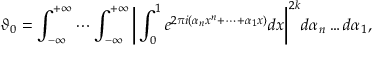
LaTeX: \vartheta _ { 0 } = \int _ { - \infty } ^ { + \infty } \cdots \int _ { - \infty } ^ { + \infty } { \biggl | } \int _ { 0 } ^ { 1 } e ^ { 2 \pi i ( \alpha _ { n } x ^ { n } + \cdots + \alpha _ { 1 } x ) } d x { \biggr | } ^ { 2 k } d \alpha _ { n } \ldots d \alpha _ { 1 } ,